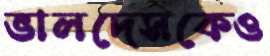
ভালদেসকেও